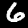
Digit: 6